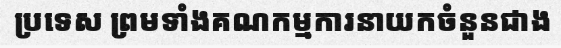
ប្រទេស ព្រមទាំងគណកម្មការនាយកចំនួនជាង